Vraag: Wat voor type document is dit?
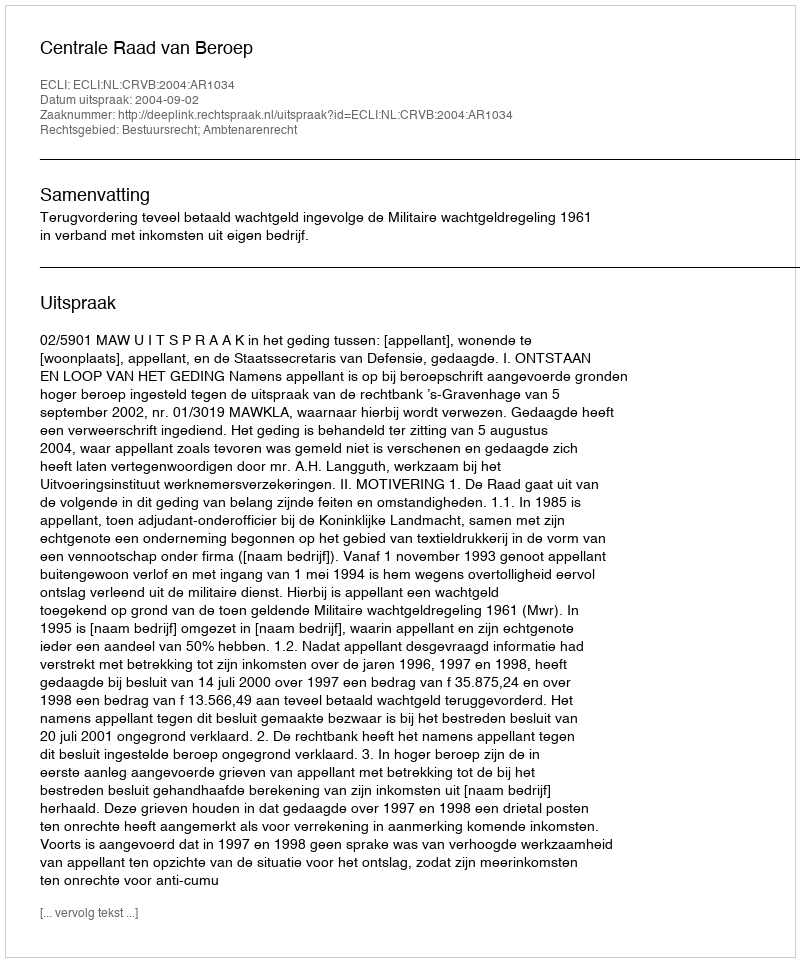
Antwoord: Uitspraak